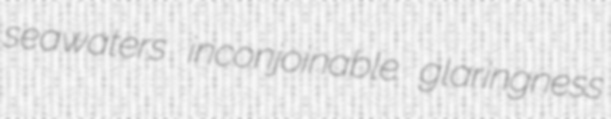
seawaters inconjoinable glaringness